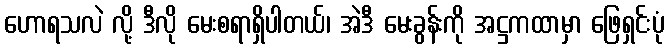
ဟောရသလဲ လို့ ဒီလို မေးစရာရှိပါတယ်၊ အဲဒီ မေးခွန်းကို အဋ္ဌကထာမှာ ဖြေရှင်းပုံ